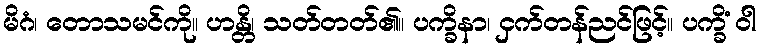
မိဂံ၊ တောသမင်ကို။ ဟန္တိ၊ သတ်တတ်၏။ ပက္ခိနာ၊ ငှက်တန်ညင်ဖြင့်။ ပက္ခိံ ဝါ